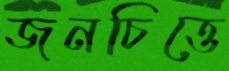
জনচিত্তে